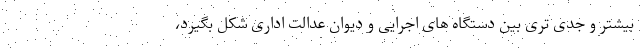
بیشتر و جدی تری بین دستگاه های اجرایی و دیوان عدالت اداری شکل بگیرد،